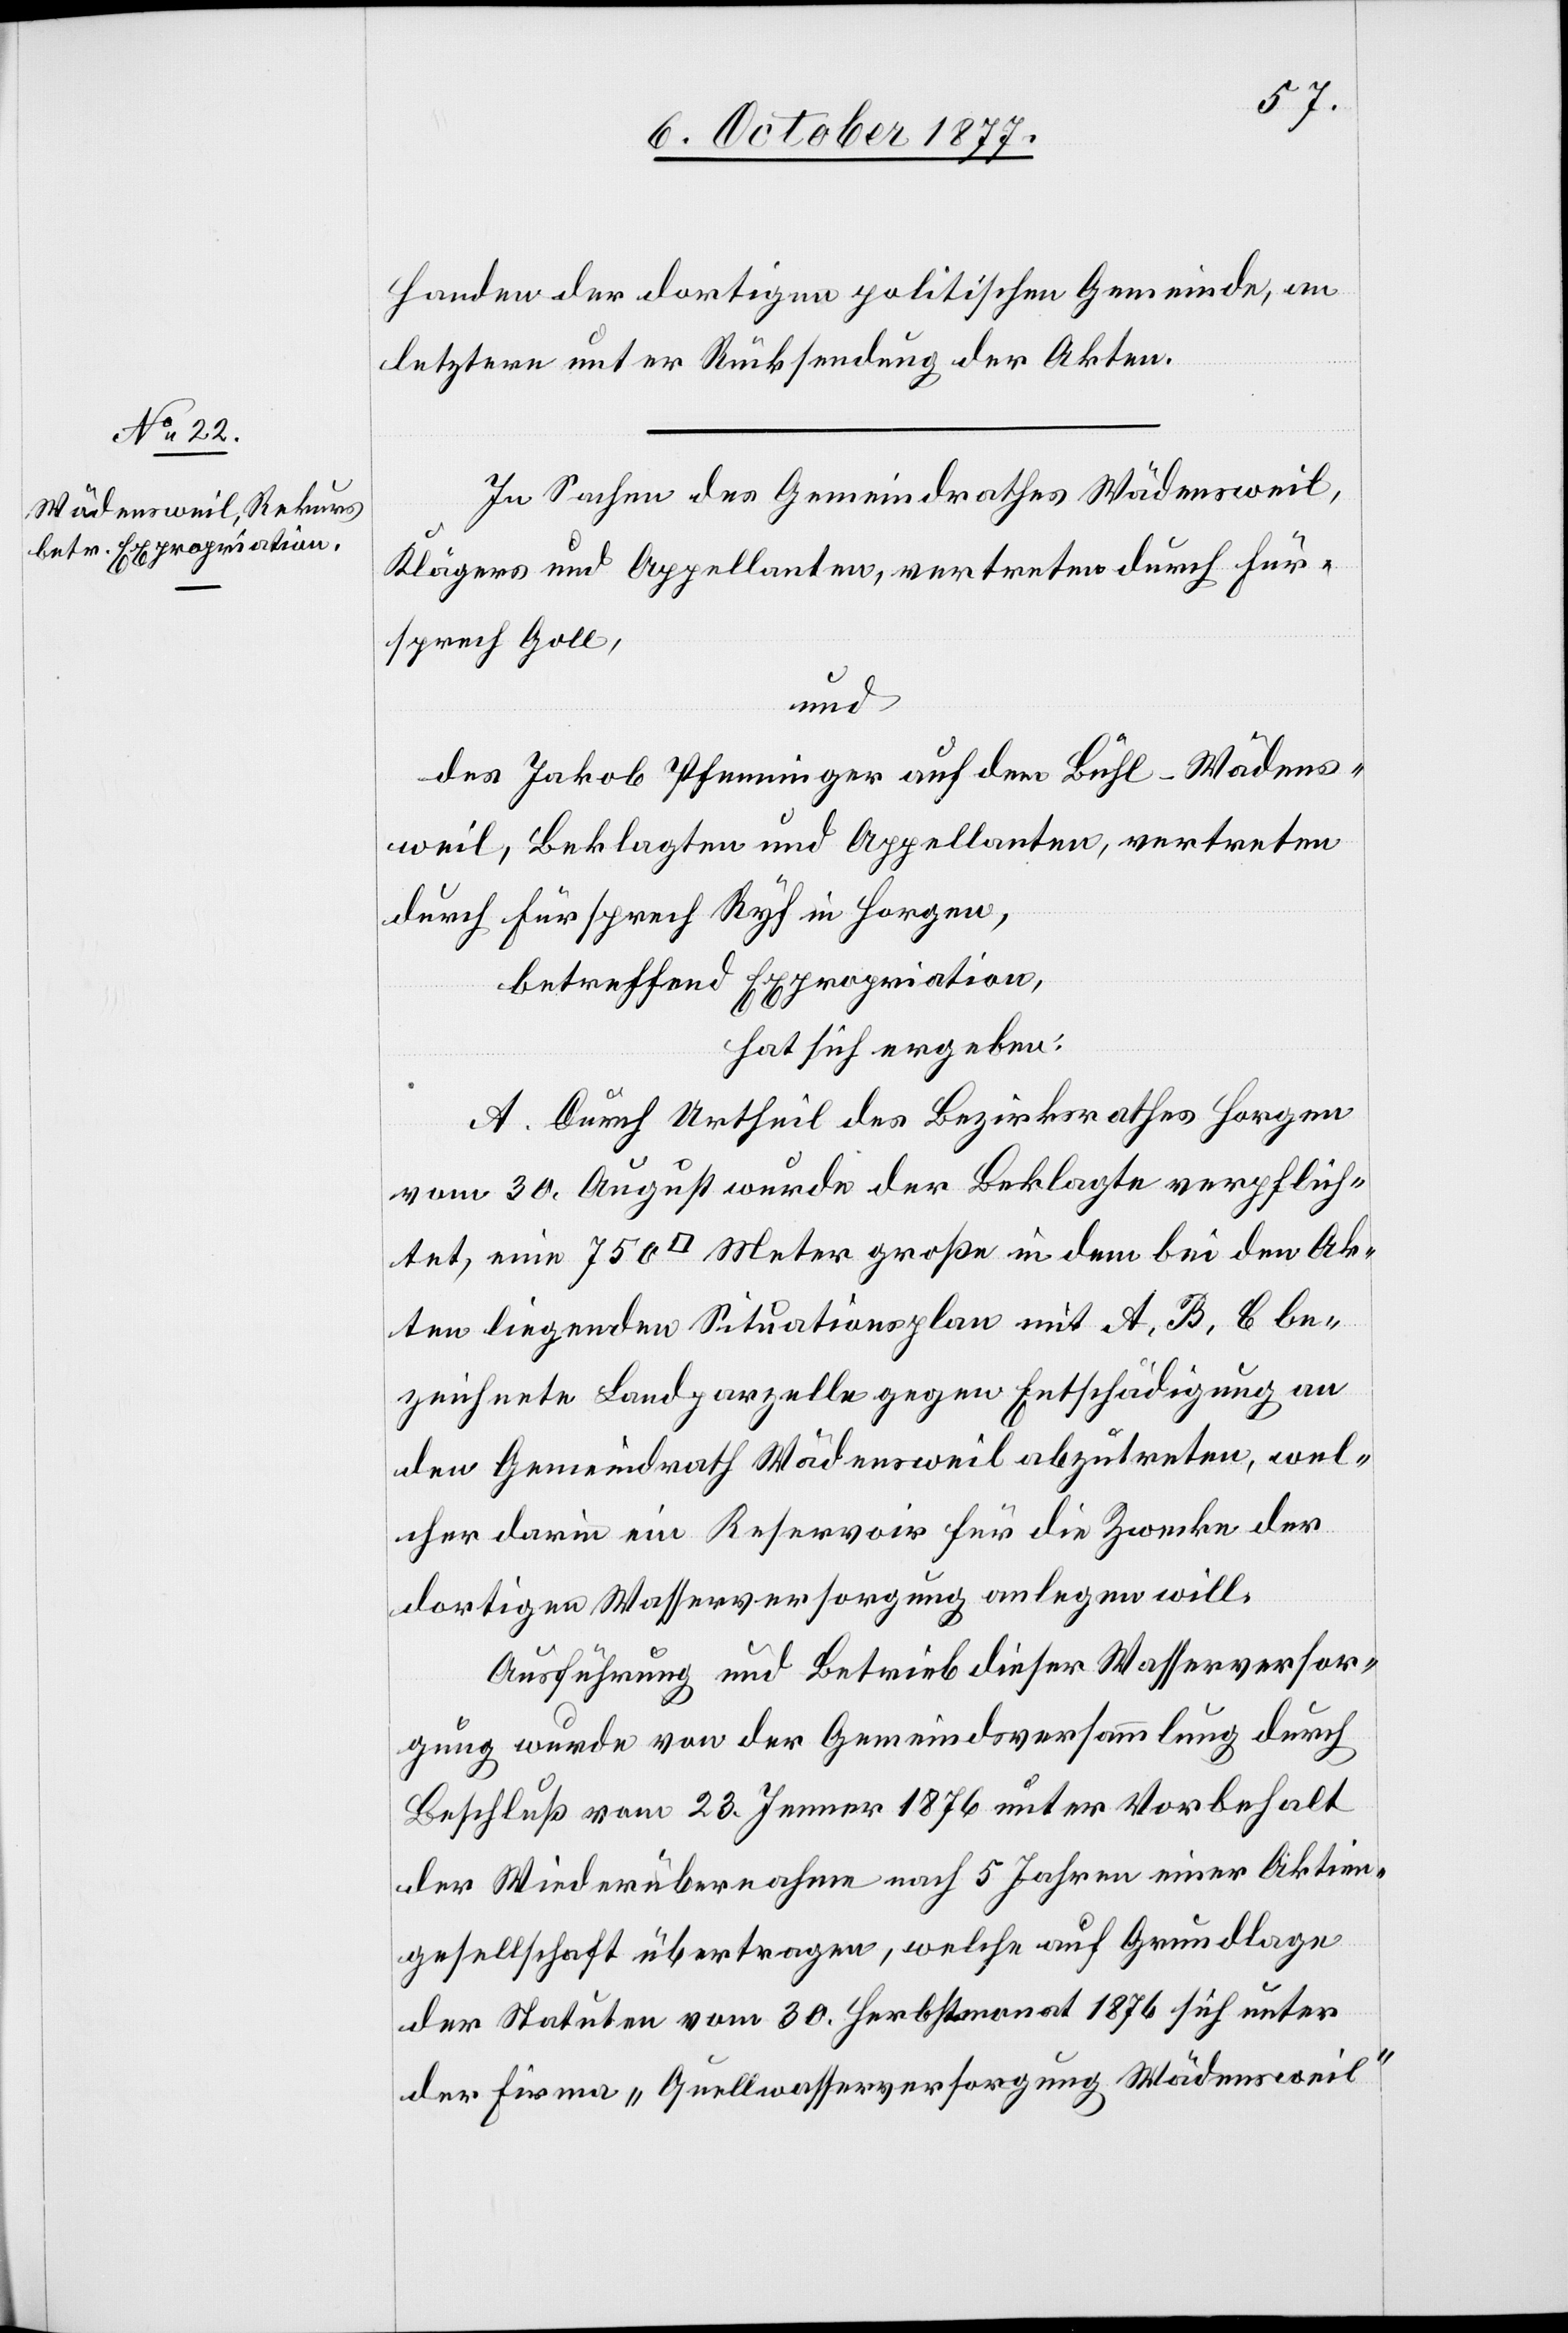
Handen der dortigen politischen Gemeinde, an
letztere unter Rücksendung der Akten.
In Sachen des Gemeindrathes Wädensweil,
Klägers und Appellanten, vertreten durch Für¬
sprech Goll,
und
des Jakob Pfenninger auf dem Bühl - Wädens¬
weil, Beklagten und Appellanten, vertreten
durch Fürsprech Ryf in Horgen,
betreffend Expropriation,
hat sich ergeben:
A. Durch Urtheil des Bezirksrathes Horgen
vom 30. August wurde der Beklagte verpflich¬
tet, eine 750 [Quadrat] Meter große in dem bei den Ak¬
ten liegenden Situationsplan mit A, B, C be¬
zeichnete Landparzelle gegen Entschädigung an
den Gemeindrath Wädensweil abzutreten, wel¬
cher darin ein Reservoir für die Zwecke der
dortigen Wasserversorgung anlegen will.
Ausführung und Betrieb dieser Wasserversor¬
gung wurde von der Gemeindsversammlung durch
Beschluß vom 23. Jenner 1876 unter Vorbehalt
der Wiederübernahme nach 5 Jahren einer Aktien¬
gesellschaft übertragen, welche auf Grundlage
der Statuten vom 30. Herbstmonat 1876 sich unter
der Firma „Quellwasserversorgung Wädensweil“